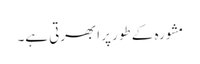
مشورہ کے طور پر ابھرتی ہے۔